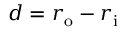
d = r _ { \mathrm { o } } - r _ { \mathrm { i } }